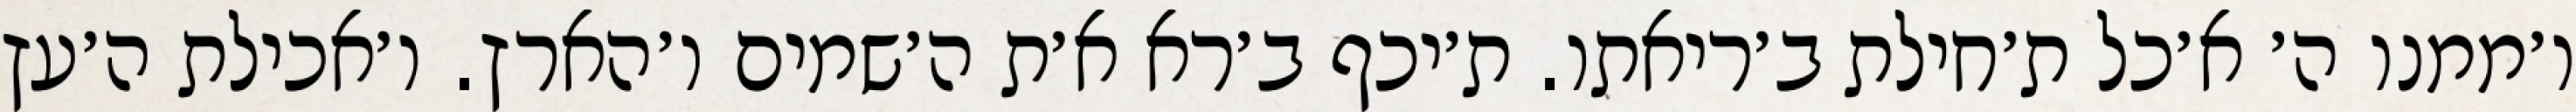
ו׳ממנו ה׳ א׳כל ת׳חילת ב׳ריאתו. ת׳יכף ב׳רא א׳ת ה׳שמים ו׳הארץ. ו׳אכילת ה׳עץ